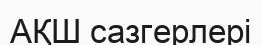
АҚШ сазгерлері